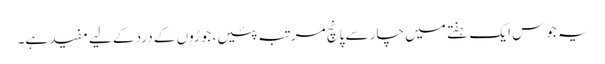
یہ جوس ایک ہفتے میں چار سے پانچ مرتبہ پئیں، جوڑوں کے درد کے لیے مفید ہے۔